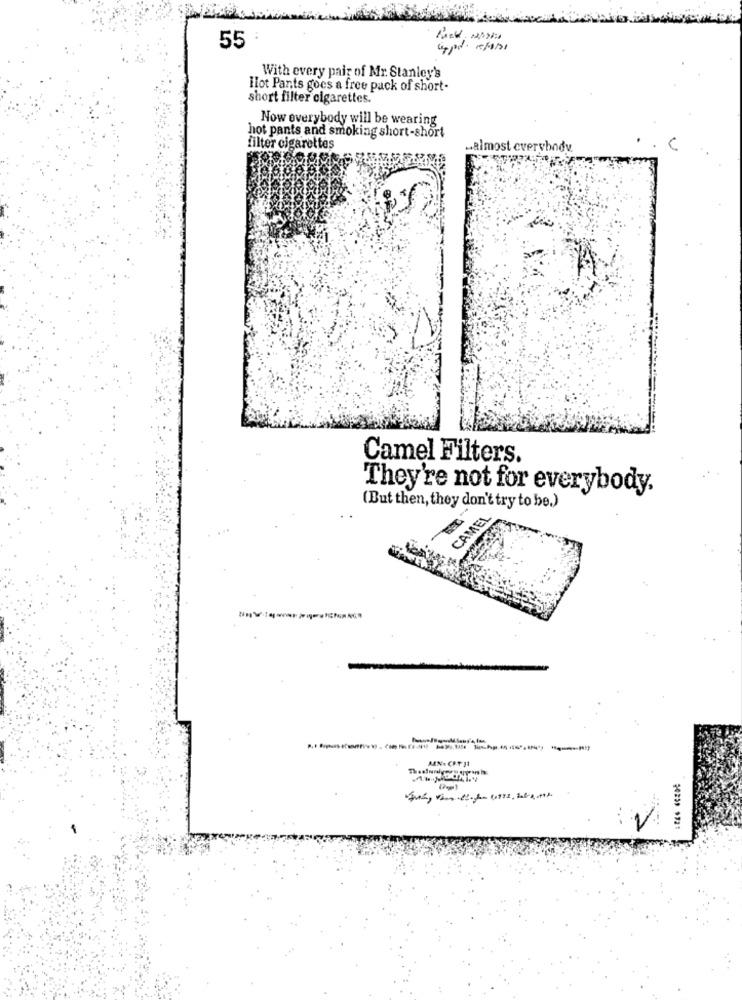
55
und. 15/9/1
With every pair of Mr. Stanley's
Hot Pants goes a free pack of short-
short filter cigarettes.
Now everybody will be wearing
hot pants and smoking short-short
filter cigarettes
.almost everybody
Camel Filters.
They're not for everybody.
(But then, they don't try to be.)
CAMEL
MAN. CRT 11